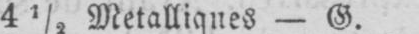
4½ Metalliques - G.